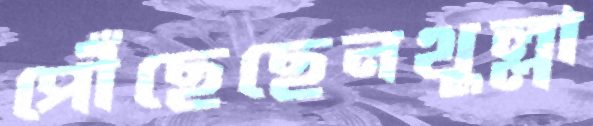
পৌঁছেছেনথুল্লা